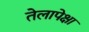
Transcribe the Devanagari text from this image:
तेलापेक्षा